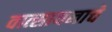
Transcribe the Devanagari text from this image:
वात्सायनाचे